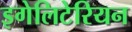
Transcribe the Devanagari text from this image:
इगेलिटेरियन